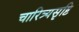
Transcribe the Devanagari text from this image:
चारित्र्यसृष्टि